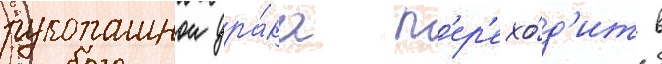
рукопашнои дра́ка п'ер'ехо́д'ит в